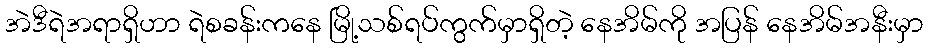
အဲဒီရဲအရာရှိဟာ ရဲစခန်းကနေ မြို့သစ်ရပ်ကွက်မှာရှိတဲ့ နေအိမ်ကို အပြန် နေအိမ်အနီးမှာ